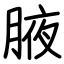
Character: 腋